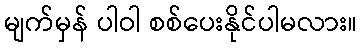
မျက်မှန် ပါဝါ စစ်ပေးနိုင်ပါမလား။